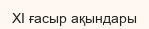
XI ғасыр ақындары